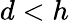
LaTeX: d<h